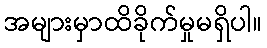
အများမှာထိခိုက်မှုမရှိပါ။